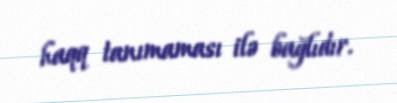
haqq tanımaması ilə bağlıdır.